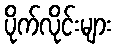
ပိုက်လိုင်းများ